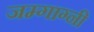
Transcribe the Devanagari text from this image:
जम्गाग्नी